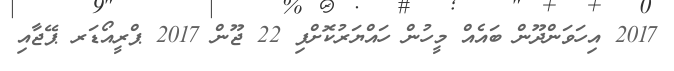
2017 އިހަވަންދޫން ބައެއް މީހުން ހައްޔަރުކޮށްފި 22 ޖޫން 2017 ޕްރީއޯޑަރ ޕޭޖާއި